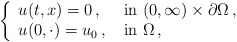
\begin{align*}\left\{\begin{array}{lll}u(t,x)=0\,,\; &\mbox{in }(0,\infty)\times\partial\Omega\,,\\u(0,\cdot)=u_0\,,\; &\mbox{in }\Omega\,,\end{array}\right.\end{align*}